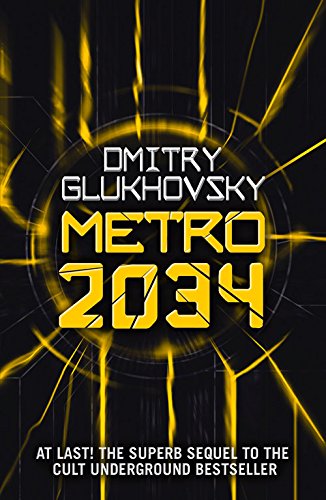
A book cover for Metro 2034; Dmitry Glukhovsky; Science Fiction & Fantasy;